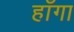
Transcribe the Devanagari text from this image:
हाँगा